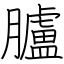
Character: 臚